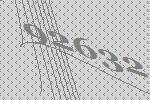
92632